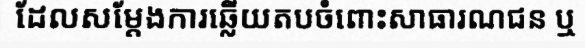
ដែលសម្តែងការឆ្លើយតបចំពោះសាធារណជន ឬ